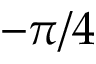
- \pi / 4